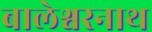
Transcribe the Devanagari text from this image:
बालेश्वरनाथ